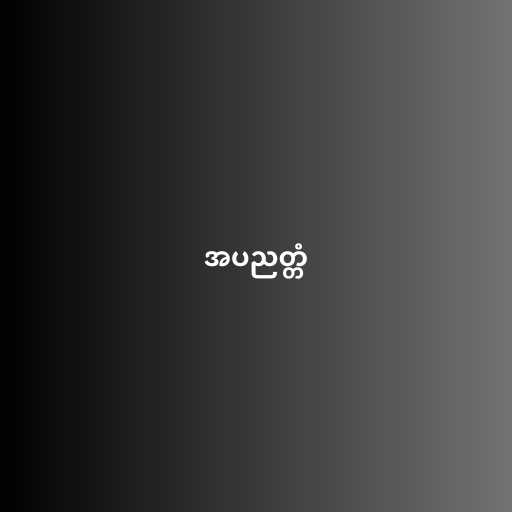
အပညတ္တံ